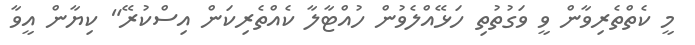
މީ ކެތްތެރިވާން ވީ ވަގުތުތި ހަޅޭއްލެވުން ހުއްޓާލާ ކެއްތެރިކަން އިސްކުރޭ" ކިޔާން އީވާ